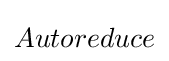
Autoreduce